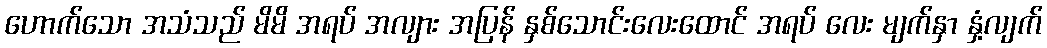
ဟောက်သော အသံသည် မိမိ အရပ် အလျား အပြန် နှစ်သောင်းလေးထောင် အရပ် လေး မျက်နှာ နှံ့လျက်